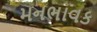
મનભાવક